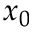
x _ { 0 }